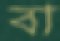
বা